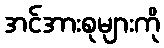
အင်အားစုများကို